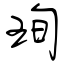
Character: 珣